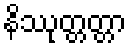
နိဿုတ္တတ္တာ